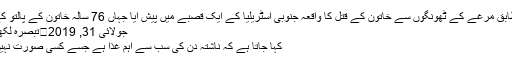
تفصیلات کے مطابق مرغے کے ٹھونگوں سے خاتون کے قتل کا واقعہ جنوبی آسٹریلیا کے ایک قصبے میں پیش آیا جہاں 76 سالہ خاتون کے پالتو کے مرغے نے ...
جولائی 31, 2019	تبصرہ لکھیں 281 نظارے
کہا جاتا ہے کہ ناشتہ دن کی سب سے اہم غذا ہے جسے کسی صورت نہیں چھوڑنا چاہیے۔